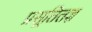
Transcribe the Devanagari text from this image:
प्रसूतितज्ञ